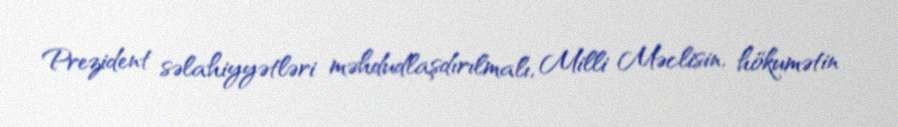
Prezident səlahiyyətləri məhdudlaşdırılmalı, Milli Məclisin, hökumətin